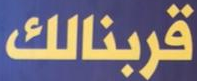
قربنالك